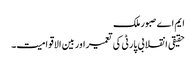
ایم اے صبور ملک
حقیقی انقلابی پارٹی کی تعمیراور بین الاقوامیت۔